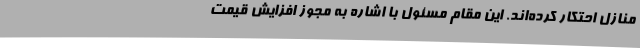
منازل احتکار کرده‌اند. این مقام مسئول با اشاره به مجوز افزایش قیمت